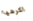
اكرهها